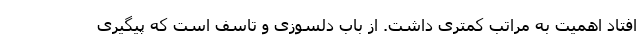
افتاد اهمیت به مراتب کمتری داشت. از باب دلسوزی و تاسف است که پیگیری